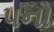
૫નો